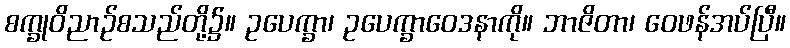
စက္ခုဝိညာဉ်စသည်တို့၌။ ဥပေက္ခာ၊ ဥပေက္ခာဝေဒနာကို။ ဘာဇိတာ၊ ဝေဖန်အပ်ပြီ။